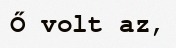
Ő volt az,